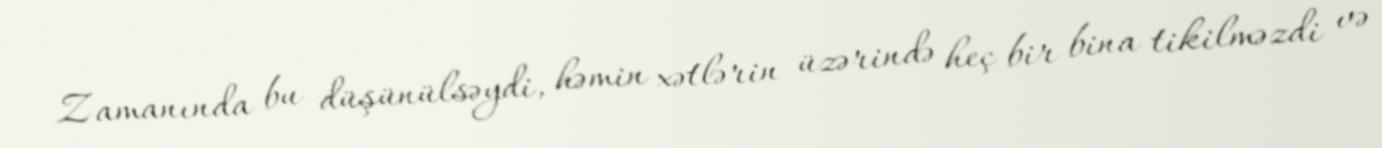
Zamanında bu düşünülsəydi, həmin xətlərin üzərində heç bir bina tikilməzdi və